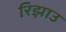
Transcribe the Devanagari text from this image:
रिझाउ